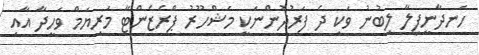
ހަނދާނީފިލާ ލިބުނު ވަކި ދެ ފަރުދުންނަކީ މަޝްހޫރު ޕްރެޒެންޓާ މަރިޔަމް ވަހީދާ އާއި